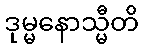
ဒုမ္မနောသ္မီတိ